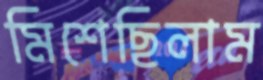
মিশেছিলাম